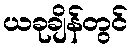
ယခုချိန်တွင်